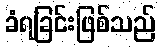
ခံရခြင်းဖြစ်သည်